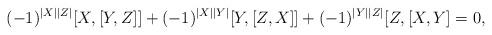
LaTeX: \begin{align*}(-1)^{|X||Z|}[X,[Y,Z]]+(-1)^{|X||Y|}[Y,[Z,X]]+(-1)^{|Y||Z|}[Z,[X,Y]=0,\end{align*}